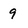
Character: 9